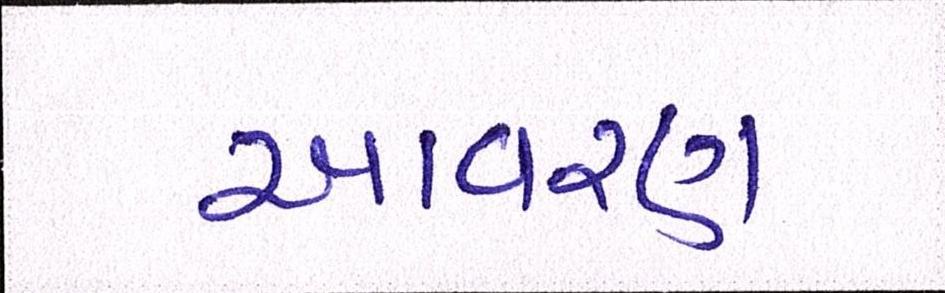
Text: આવરણ